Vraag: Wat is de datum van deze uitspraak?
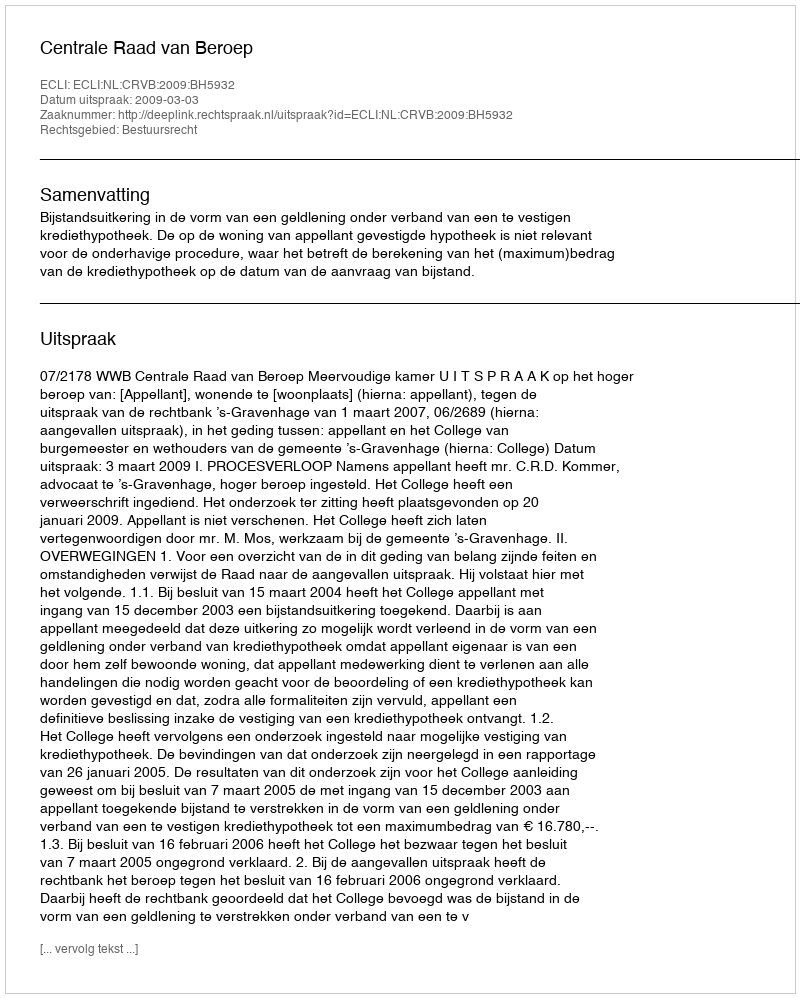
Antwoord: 2009-03-03